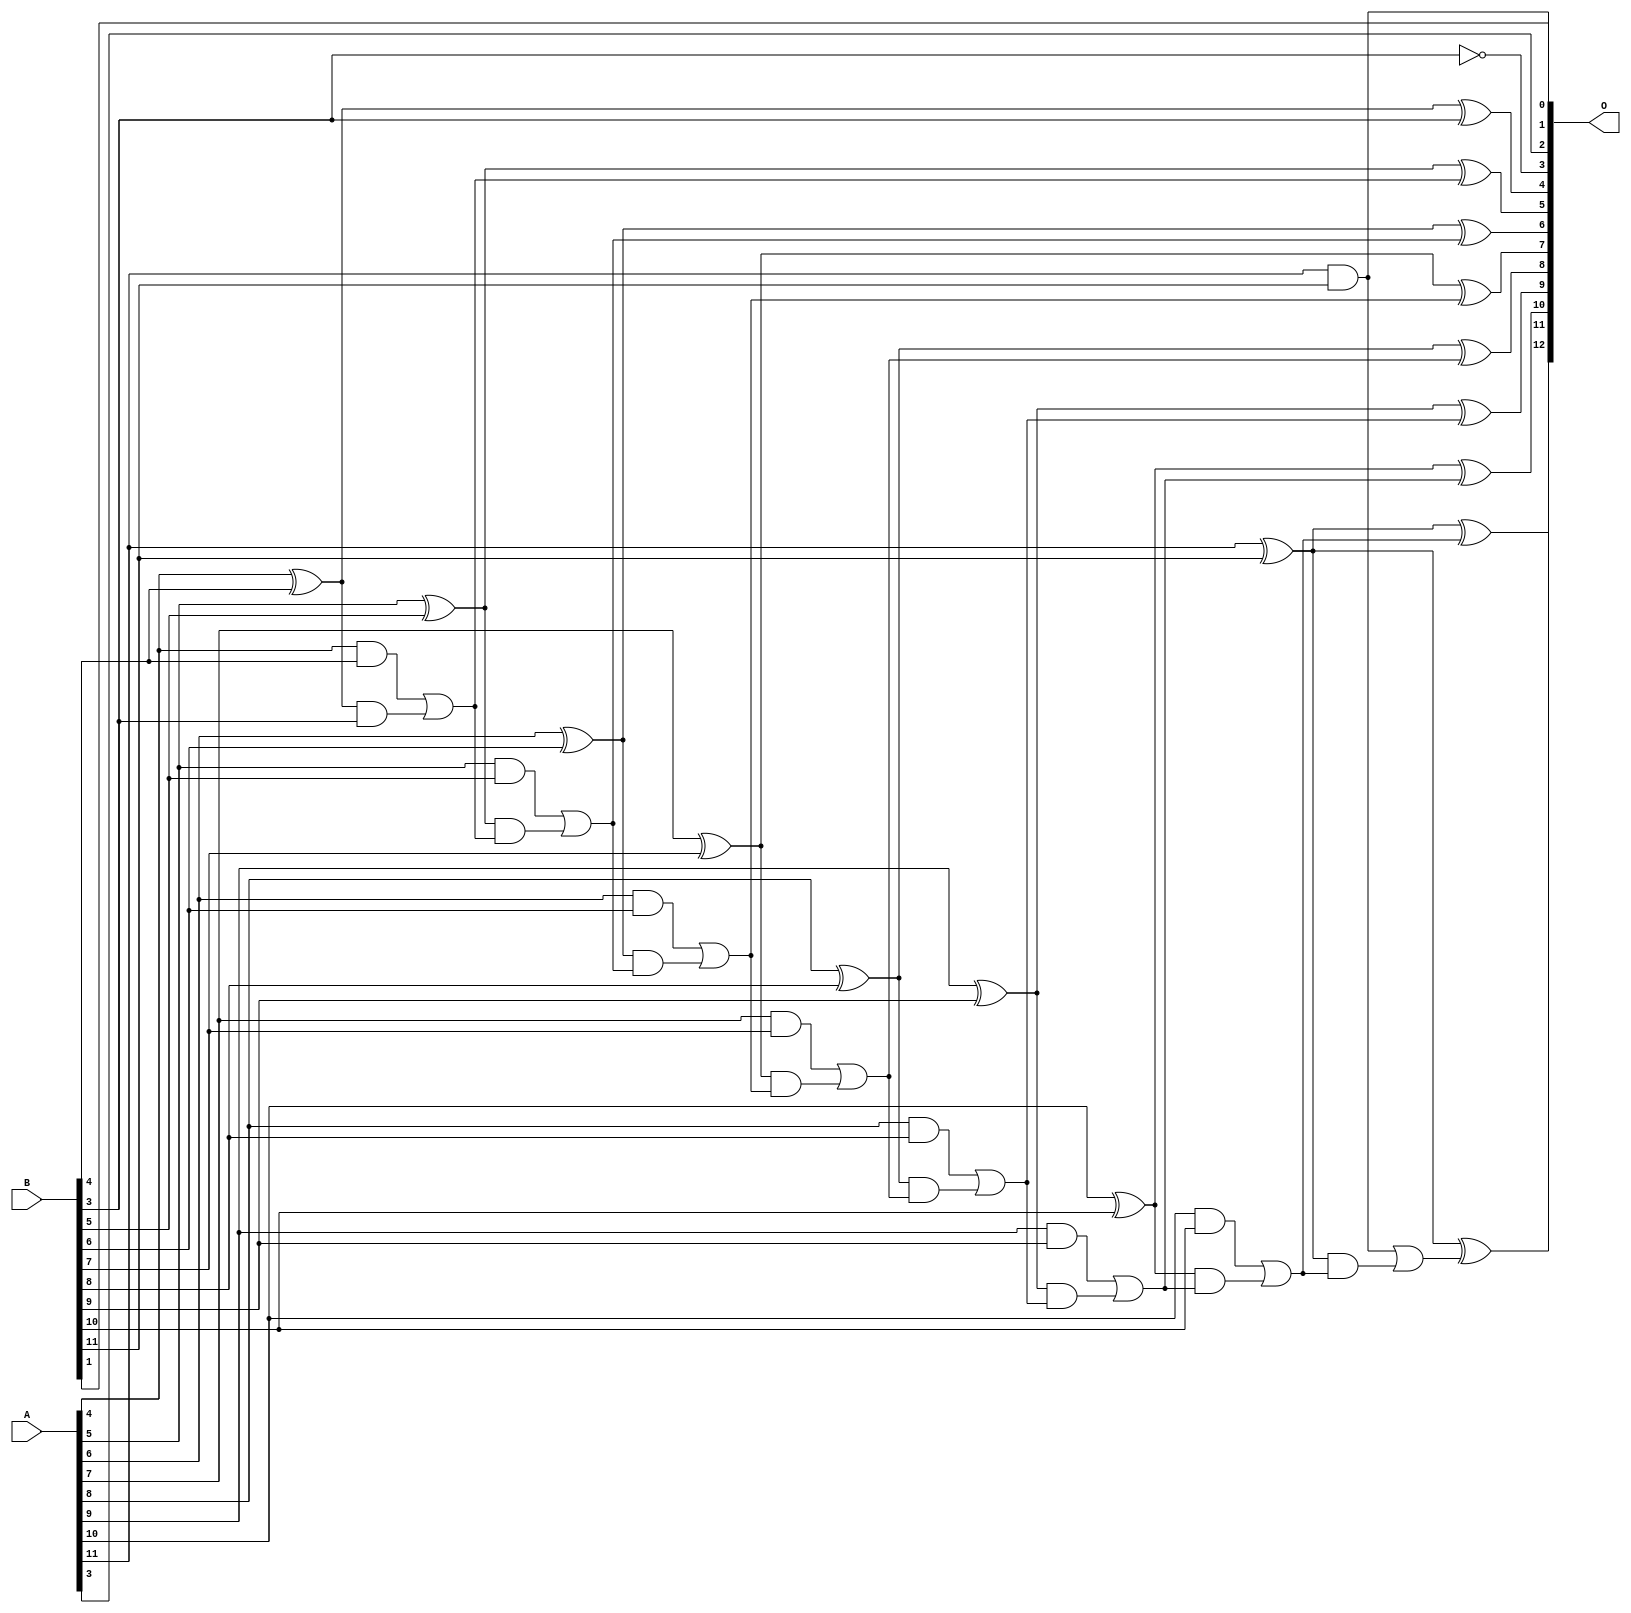
/***
* This code is a part of EvoApproxLib library (ehw.fit.vutbr.cz/approxlib) distributed under The MIT License.
* When used, please cite the following article(s): V. Mrazek, L. Sekanina, Z. Vasicek "Libraries of Approximate Circuits: Automated Design and Application in CNN Accelerators" IEEE Journal on Emerging and Selected Topics in Circuits and Systems, Vol 10, No 4, 2020 
* This file contains a circuit from a sub-set of pareto optimal circuits with respect to the pwr and mre parameters
***/
// MAE% = 0.073 %
// MAE = 3.0 
// WCE% = 0.22 %
// WCE = 9.0 
// WCRE% = 700.00 %
// EP% = 90.62 %
// MRE% = 1.15 %
// MSE = 14 
// PDK45_PWR = 0.038 mW
// PDK45_AREA = 79.3 um2
// PDK45_DELAY = 0.68 ns

module add12se_5AL (
    A,
    B,
    O
);

input [11:0] A;
input [11:0] B;
output [12:0] O;

wire sig_26,sig_41,sig_42,sig_43,sig_44,sig_45,sig_46,sig_47,sig_48,sig_49,sig_50,sig_51,sig_52,sig_53,sig_54,sig_55,sig_56,sig_57,sig_58,sig_59;
wire sig_60,sig_61,sig_62,sig_63,sig_64,sig_65,sig_66,sig_67,sig_68,sig_69,sig_70,sig_71,sig_72,sig_73,sig_74,sig_75,sig_76,sig_77,sig_78,sig_79;
wire sig_80,sig_81,sig_82;

assign sig_26 = ~B[3];
assign sig_41 = A[4] ^ B[4];
assign sig_42 = A[4] & B[4];
assign sig_43 = sig_41 & B[3];
assign sig_44 = sig_41 ^ B[3];
assign sig_45 = sig_42 | sig_43;
assign sig_46 = A[5] ^ B[5];
assign sig_47 = A[5] & B[5];
assign sig_48 = sig_46 & sig_45;
assign sig_49 = sig_46 ^ sig_45;
assign sig_50 = sig_47 | sig_48;
assign sig_51 = A[6] ^ B[6];
assign sig_52 = A[6] & B[6];
assign sig_53 = sig_51 & sig_50;
assign sig_54 = sig_51 ^ sig_50;
assign sig_55 = sig_52 | sig_53;
assign sig_56 = A[7] ^ B[7];
assign sig_57 = A[7] & B[7];
assign sig_58 = sig_56 & sig_55;
assign sig_59 = sig_56 ^ sig_55;
assign sig_60 = sig_57 | sig_58;
assign sig_61 = A[8] ^ B[8];
assign sig_62 = A[8] & B[8];
assign sig_63 = sig_61 & sig_60;
assign sig_64 = sig_61 ^ sig_60;
assign sig_65 = sig_62 | sig_63;
assign sig_66 = A[9] ^ B[9];
assign sig_67 = A[9] & B[9];
assign sig_68 = sig_66 & sig_65;
assign sig_69 = sig_66 ^ sig_65;
assign sig_70 = sig_67 | sig_68;
assign sig_71 = A[10] ^ B[10];
assign sig_72 = A[10] & B[10];
assign sig_73 = sig_71 & sig_70;
assign sig_74 = sig_71 ^ sig_70;
assign sig_75 = sig_72 | sig_73;
assign sig_76 = A[11] ^ B[11];
assign sig_77 = A[11] & B[11];
assign sig_78 = sig_76 & sig_75;
assign sig_79 = sig_76 ^ sig_75;
assign sig_80 = sig_77 | sig_78;
assign sig_81 = A[11] ^ B[11];
assign sig_82 = sig_81 ^ sig_80;

assign O[12] = sig_82;
assign O[11] = sig_79;
assign O[10] = sig_74;
assign O[9] = sig_69;
assign O[8] = sig_64;
assign O[7] = sig_59;
assign O[6] = sig_54;
assign O[5] = sig_49;
assign O[4] = sig_44;
assign O[3] = sig_26;
assign O[2] = A[3];
assign O[1] = B[1];
assign O[0] = sig_77;

endmodule